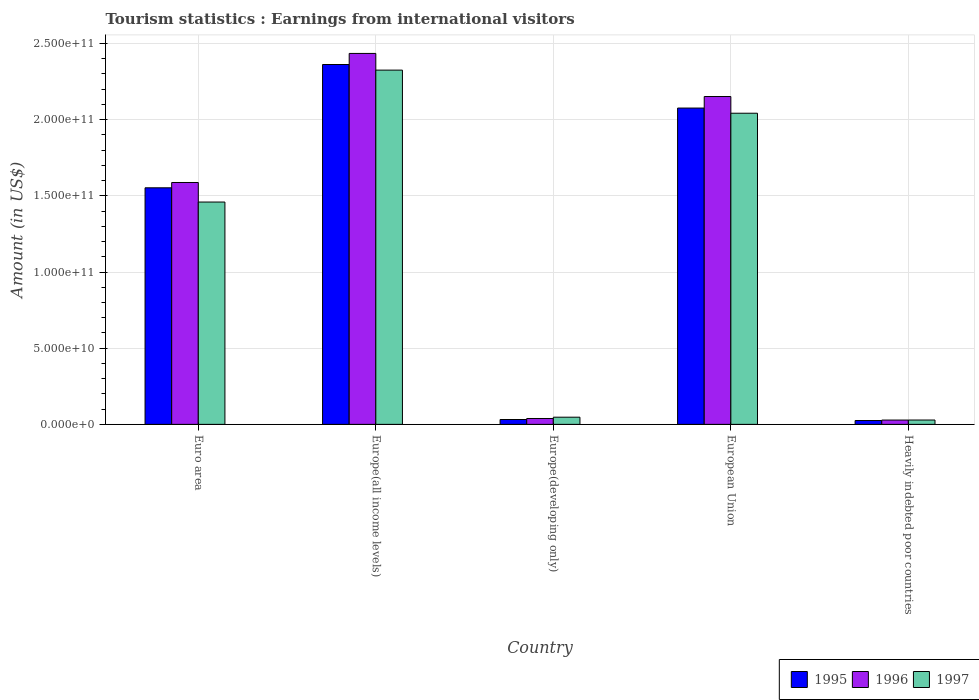
| Country | 1995 | 1996 | 1997 |
 | --- | --- | --- | --- |
 | Euro area | 1.55e+11 | 1.59e+11 | 1.46e+11 |
 | Europe(all income levels) | 2.36e+11 | 2.43e+11 | 2.33e+11 |
 | Europe(developing only) | 3.19e+09 | 3.86e+09 | 4.71e+09 |
 | European Union | 2.08e+11 | 2.15e+11 | 2.04e+11 |
 | Heavily indebted poor countries | 2.53e+09 | 2.83e+09 | 2.86e+09 |